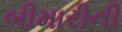
બીમારીની